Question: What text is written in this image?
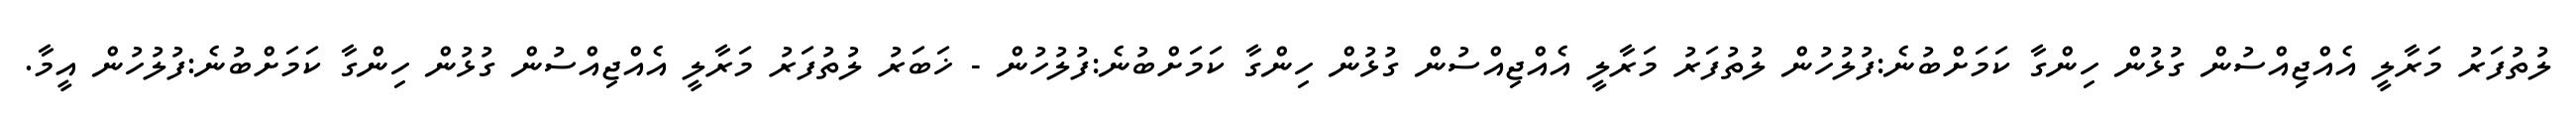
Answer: ލުތުފަރު މަރާލީ އެއްޖިއްސުން ގުޅުން ހިންގާ ކަމަށްބުނެ:ފުލުހުން ލުތުފަރު މަރާލީ އެއްޖިއްސުން ގުޅުން ހިންގާ ކަމަށްބުނެ:ފުލުހުން - ޚަބަރު ލުތުފަރު މަރާލީ އެއްޖިއްސުން ގުޅުން ހިންގާ ކަމަށްބުނެ:ފުލުހުން އީމާ.